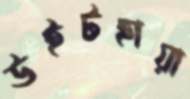
উইটহায়া